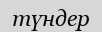
түндер